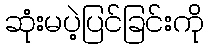
ဆုံးမပဲ့ပြင်ခြင်းကို